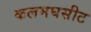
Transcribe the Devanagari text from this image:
कलमघसीट